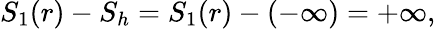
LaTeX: S_{1}(r)-S_{h}=S_{1}(r)-(-\infty)=+\infty,